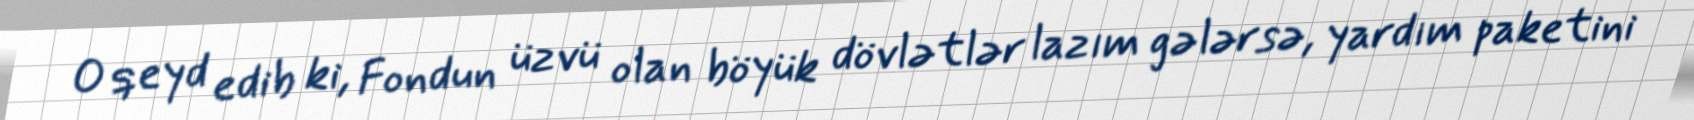
O qeyd edib ki, Fondun üzvü olan böyük dövlətlər lazım gələrsə, yardım paketini